Indian journal of veterinary science and animal husbandry - Volumes 26-27, 1956-1957
Year: 1956
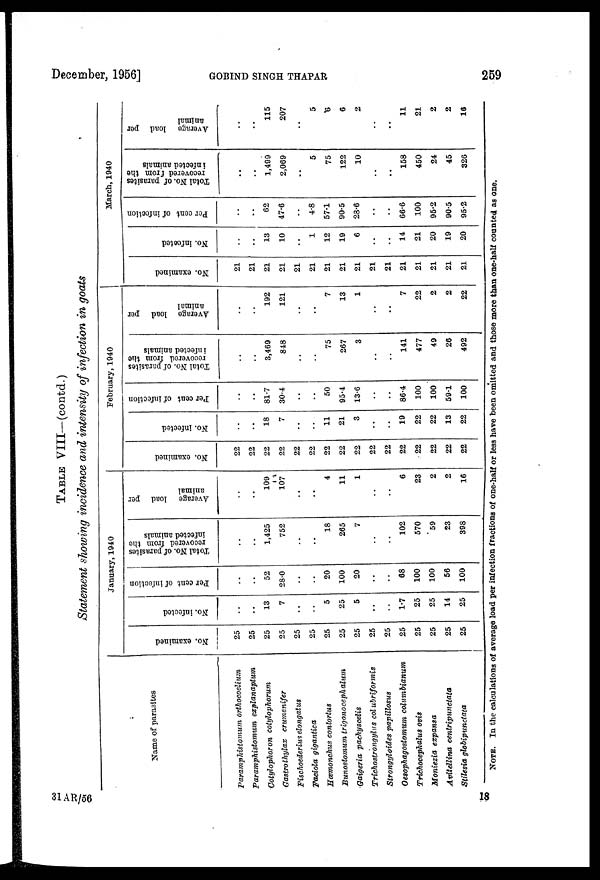
December, 1956]
GOBIND
SINGH
THAPAR
259
TABLE VIII—(contd.)
Statement showing incidence and intensity of infection in goats
Name of parasites
Paramphistomum orthocoelium
Paramphistomum
explanaptum
Cotylophoron cotylophorum
Gastrothylax
crumenifer
Fischoederius elongatus
Faciola gigantica
Hœmonchus contortus
Bunostomum
trigonocephalum
Gaigeria pachyscelis
Trichostrongylus col ubriformis
Strongyloides papillosus
Oesophagostomum columbianum
Trichocephalus ovis
Moniezia expansa
Avitellina
centripunctata
Stilesia globipunctata
January, 1940
No. examined
25
25
25
25
25
25
25
25
25
25
25
25
25
25
25
25
No. infected
..
..
13
7
..
..
5
25
5
..
..
1.7
25
25
14
25
Per cent of infection
..
..
52
28.0
..
..
20
100
20
..
..
68
100
100
56
100
Total No. of parasites
recovered from the
infected animals
..
..
1,425
752
..
..
18
265
7
..
..
102
570
59
23
398
Average load per
animal
..
..
109
107
..
..
4
11
1
..
..
6
23
2
2
16
February, 1940
No. examined
22
22
22
22
22
22
22
22
22
22
22
22
22
22
22
22
No. infected
..
..
18
7
..
..
11
21
3
..
..
19
22
22
13
22
Per cent of infection
..
..
81.7
30.4
..
..
50
95.4
13.6
..
..
86.4
100
100
59.1
100
Total No. of parasites
recovered from the
infected animals
..
..
3,469
848
..
..
75
267
3
..
..
141
477
49
26
492
Average load per
animal
..
..
192
121
..
..
7
13
1
..
..
7
22
2
2
22
March, 1940
No. examined
21
21
21
21
21
21
21
21
21
21
21
21
21
21
21
21
No. infected
..
..
13
10
..
1
12
19
6
..
..
14
21
20
19
20
Per cent of infection
..
..
62
47.6
..
4.8
57.1
90.5
28.6
..
..
66.6
100
95.2
90.5
95.2
Total No. of parasites
recovered from the
infected animals
..
..
1,499
2,069
..
5
75
122
10
..
..
158
450
24
45
326
A verage load per
animal
..
..
115
207
..
5
6
6
2
..
..
11
21
2
2
16
NOTE. In the calculations of average load per infection fractions of one-half or less have been omitted and those more than one-half counted as one.
31 AR/56
18